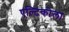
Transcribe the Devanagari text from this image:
एल्टिकोला